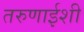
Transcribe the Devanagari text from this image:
तरुणाईशी